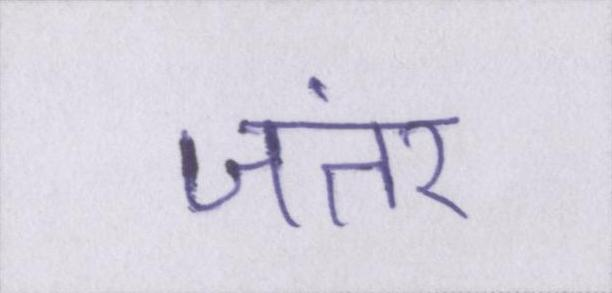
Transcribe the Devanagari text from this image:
जंतर